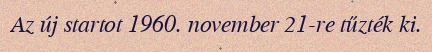
Az új startot 1960. november 21-re tűzték ki.